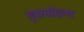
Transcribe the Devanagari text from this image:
सुपरमॉडल्स